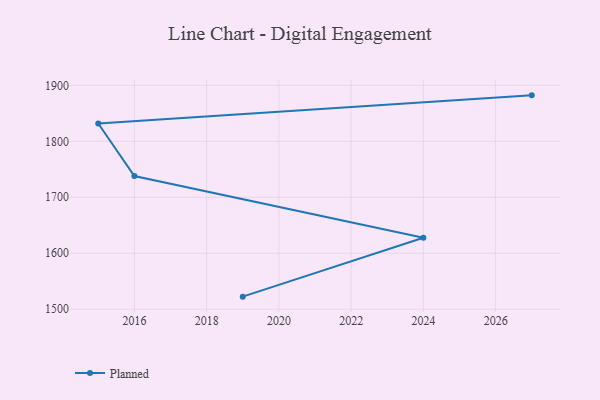
{"axis": {"x": "Year", "y": "Net Income (USD K)"}, "legend": ["Planned"], "data": [{"x": "2027", "y": 1882.1, "type": "Planned"}, {"x": "2015", "y": 1831.8, "type": "Planned"}, {"x": "2016", "y": 1737.9, "type": "Planned"}, {"x": "2024", "y": 1627.7, "type": "Planned"}, {"x": "2019", "y": 1522.5, "type": "Planned"}]}